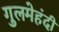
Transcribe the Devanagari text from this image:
गुलमेहंदी